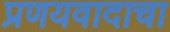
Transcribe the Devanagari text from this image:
प्रणयवादाचा